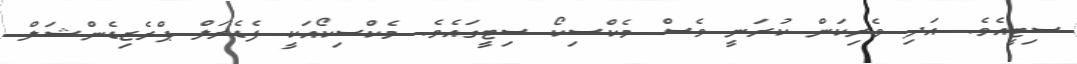
ސިޓީއެވެ. އަދި ވެރިކަން ކުރަނީ ވެސް މެކްސިކޯ ސިޓީގައެވެ. މެކްސިކޯއަކީ ފެޑެރަލް ޕްރެޒިޑެންޝަލް